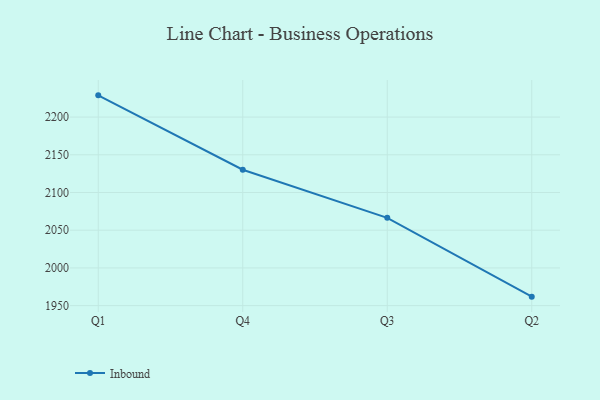
{"axis": {"x": "Quarter", "y": "Satisfaction Score"}, "legend": ["Inbound"], "data": [{"x": "Q1", "y": 2228.8, "type": "Inbound"}, {"x": "Q4", "y": 2130.2, "type": "Inbound"}, {"x": "Q3", "y": 2066.4, "type": "Inbound"}, {"x": "Q2", "y": 1961.9, "type": "Inbound"}]}